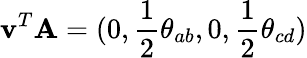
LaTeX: \mathbf{v}^{T}\mathbf{A}=(0,\frac{1}{2}\theta_{ab},0,\frac{1}{2}\theta_{cd})